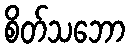
စိတ်သဘော